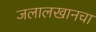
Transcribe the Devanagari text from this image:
जलालखानचा